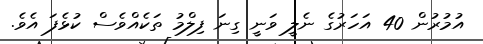
އުމުރުން 40 އަހަރުގެ ނެލީ ވަނީ ގިނަ ފިލްމު ތަކެއްވެސް ކުޅެފަ އެވެ.